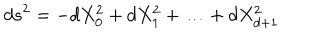
d s ^ { 2 } = - d X _ { 0 } ^ { 2 } + d X _ { 1 } ^ { 2 } + \ldots + d X _ { d + 1 } ^ { 2 }